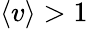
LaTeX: \left\langle v\right\rangle>1